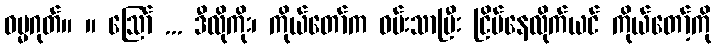
ဓမ္မဂုတ်။ ။ ဩော် ... ဒီလိုကိုး၊ ကိုယ်တော်က ဝမ်းသာပြီး ငြိမ်နေလိုက်ယင် ကိုယ်တော့်ကို